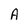
Character: A